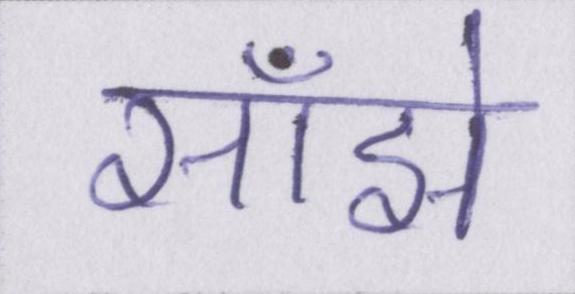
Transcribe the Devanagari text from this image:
साँझे